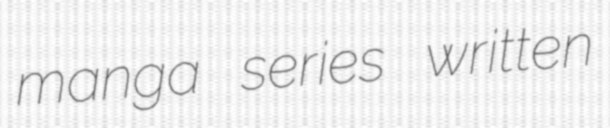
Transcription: manga series written